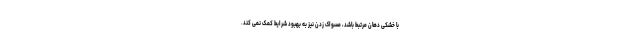
با خشکی دهان مرتبط باشد، مسواک زدن نیز به بهبود شرایط کمک نمی کند.